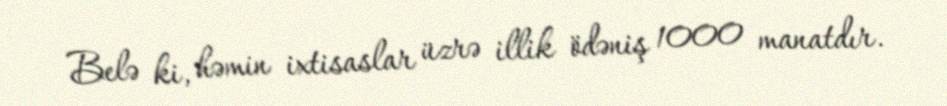
Belə ki, həmin ixtisaslar üzrə illik ödəniş 1000 manatdır.